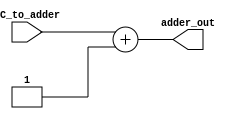
`timescale 1ns / 1ps
//////////////////////////////////////////////////////////////////////////////////
// Company: 
// Engineer: 
// 
// Design Name: 
// Module Name: PC_adder
// Project Name: 
// Target Devices: 
// Tool Versions: 
// Description: 
// 
// Dependencies: 
// 
// Revision:
// Revision 0.01 - File Created
// Additional Comments:
// 
//////////////////////////////////////////////////////////////////////////////////


module PC_adder(PC_to_adder, adder_out);


input [31:0] PC_to_adder;
output reg [31:0] adder_out;

always@(PC_to_adder) 
    begin
    adder_out = PC_to_adder + 1;
    end 


endmodule